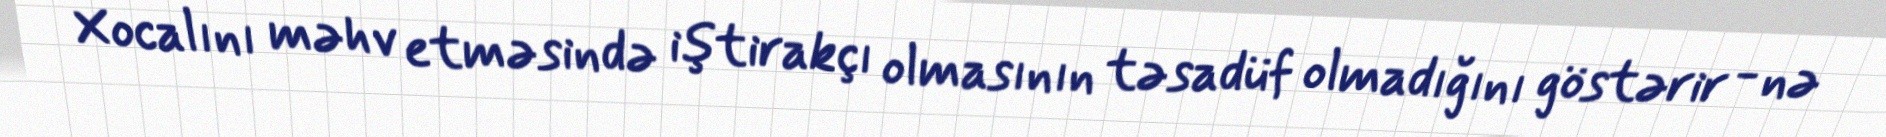
Xocalını məhv etməsində iştirakçı olmasının təsadüf olmadığını göstərir - nə